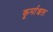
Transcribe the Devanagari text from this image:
कूर्माञ्चल